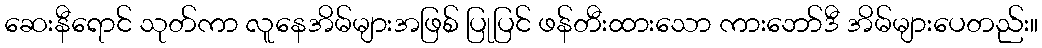
ဆေးနီရောင် သုတ်ကာ လူနေအိမ်များအဖြစ် ပြုပြင် ဖန်တီးထားသော ကားဘော်ဒီ အိမ်များပေတည်း။